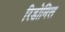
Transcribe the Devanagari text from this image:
रिडोमिल